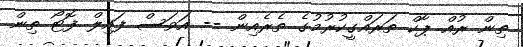
ތިން ރުއް ޕާކް ތަރައްގީކުރުމުގެ ތެރެއިން -- އަވަސް ފައިލް ފޮޓޯ ތިން